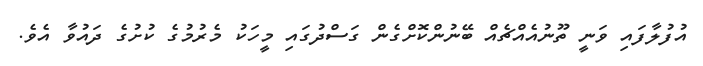
އުފުލާފައި ވަނީ ތޫނުއެއްޗެއް ބޭނުންކޮށްގެން ގަސްދުގައި މީހަކު މެރުމުގެ ކުށުގެ ދައުވާ އެވެ.